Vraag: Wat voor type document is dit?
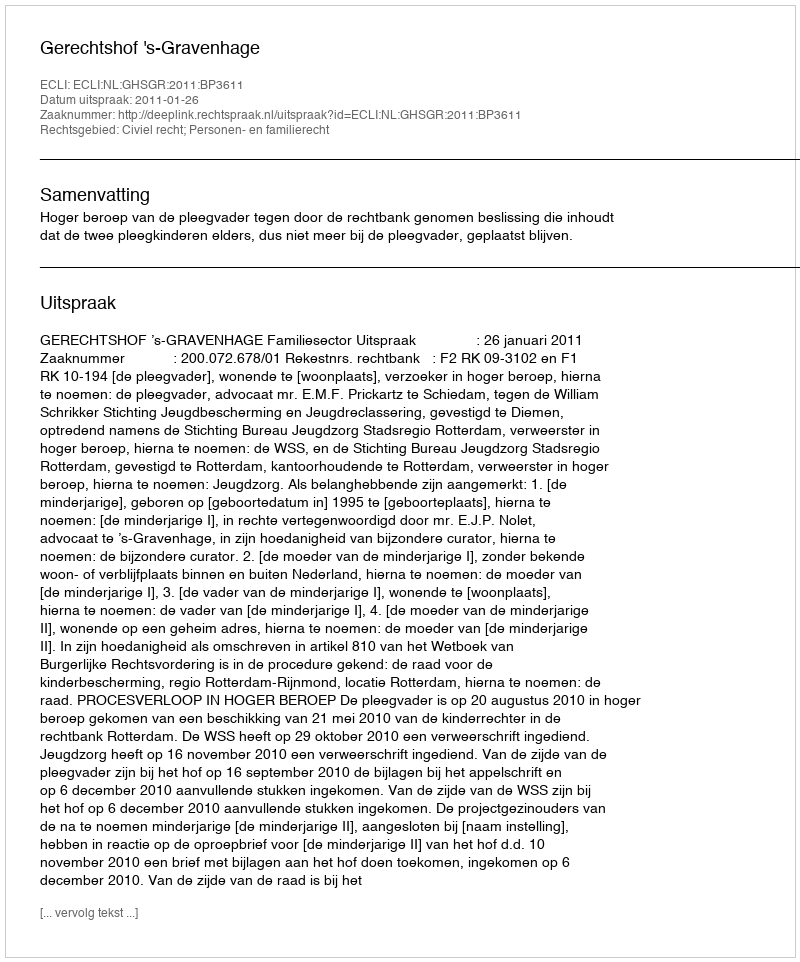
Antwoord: Uitspraak